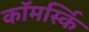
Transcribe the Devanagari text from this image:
कॉमर्स्कि